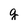
Character: q